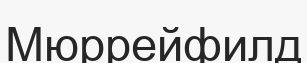
Мюррейфилд